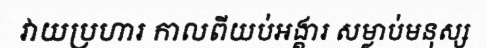
វាយប្រហារ កាលពីយប់អង្គារ សម្លាប់មនុស្ស